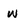
Character: w